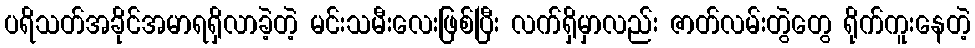
ပရိသတ်အခိုင်အမာရရှိလာခဲ့တဲ့ မင်းသမီးလေးဖြစ်ပြီး လက်ရှိမှာလည်း ဇာတ်လမ်းတွဲတွေ ရိုက်ကူးနေတဲ့